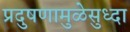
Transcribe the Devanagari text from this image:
प्रदुषणामुळेसुध्दा